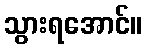
သွားရအောင်။